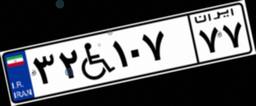
۳۲W۱۰۷۷۷